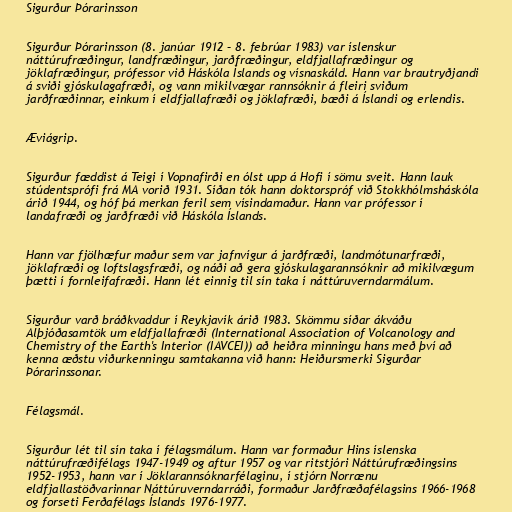
Sigurður Þórarinsson

Sigurður Þórarinsson (8. janúar 1912 – 8. febrúar 1983) var íslenskur
náttúrufræðingur, landfræðingur, jarðfræðingur, eldfjallafræðingur og
jöklafræðingur, prófessor við Háskóla Íslands og vísnaskáld. Hann var brautryðjandi
á sviði gjóskulagafræði, og vann mikilvægar rannsóknir á fleiri sviðum
jarðfræðinnar, einkum í eldfjallafræði og jöklafræði, bæði á Íslandi og erlendis.

Æviágrip.

Sigurður fæddist á Teigi í Vopnafirði en ólst upp á Hofi í sömu sveit. Hann lauk
stúdentsprófi frá MA vorið 1931. Síðan tók hann doktorspróf við Stokkhólmsháskóla
árið 1944, og hóf þá merkan feril sem vísindamaður. Hann var prófessor í
landafræði og jarðfræði við Háskóla Íslands.

Hann var fjölhæfur maður sem var jafnvígur á jarðfræði, landmótunarfræði,
jöklafræði og loftslagsfræði, og náði að gera gjóskulagarannsóknir að mikilvægum
þætti í fornleifafræði. Hann lét einnig til sín taka í náttúruverndarmálum.

Sigurður varð bráðkvaddur í Reykjavík árið 1983. Skömmu síðar ákváðu
Alþjóðasamtök um eldfjallafræði (International Association of Volcanology and
Chemistry of the Earth's Interior (IAVCEI)) að heiðra minningu hans með því að
kenna æðstu viðurkenningu samtakanna við hann: Heiðursmerki Sigurðar
Þórarinssonar.

Félagsmál.

Sigurður lét til sín taka í félagsmálum. Hann var formaður Hins íslenska
náttúrufræðifélags 1947-1949 og aftur 1957 og var ritstjóri Náttúrufræðingsins
1952-1953, hann var í Jöklarannsóknarfélaginu, í stjórn Norrænu
eldfjallastöðvarinnar Náttúruverndarráði, formaður Jarðfræðafélagsins 1966-1968
og forseti Ferðafélags Íslands 1976-1977.